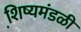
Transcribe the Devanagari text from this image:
शि़ष्यमंडळी